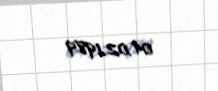
04.02.1989